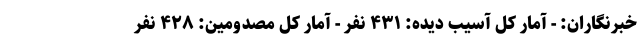
خبرنگاران: - آمار کل آسیب دیده: ۴۳۱ نفر - آمار کل مصدومین: ۴۲۸ نفر